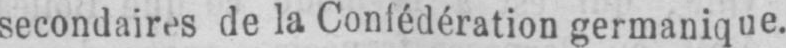
secondaires de la Confédération germanique.